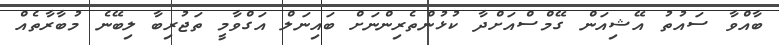
ބާއްވާ ސައުތު އޭޝިއަން ގޭމްސްއަށްދާ ކުޅުންތެރިންނަށް ބައިނަލް އަގްވާމީ ތަޖުރިބާ ލިބޭނެ މުބާރާތެއް